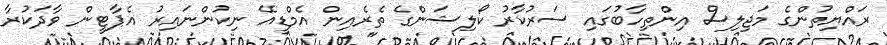
ރައްޔިތުންގެ މަޖިލިސް އިންތިހާބުގައި ސަރުކާރު ކޯލިޝަންގެ ތެރެއިން އެމްޑީއޭ ނިކުންނައިރު އެޕާޓީން ވާދަކުރާ